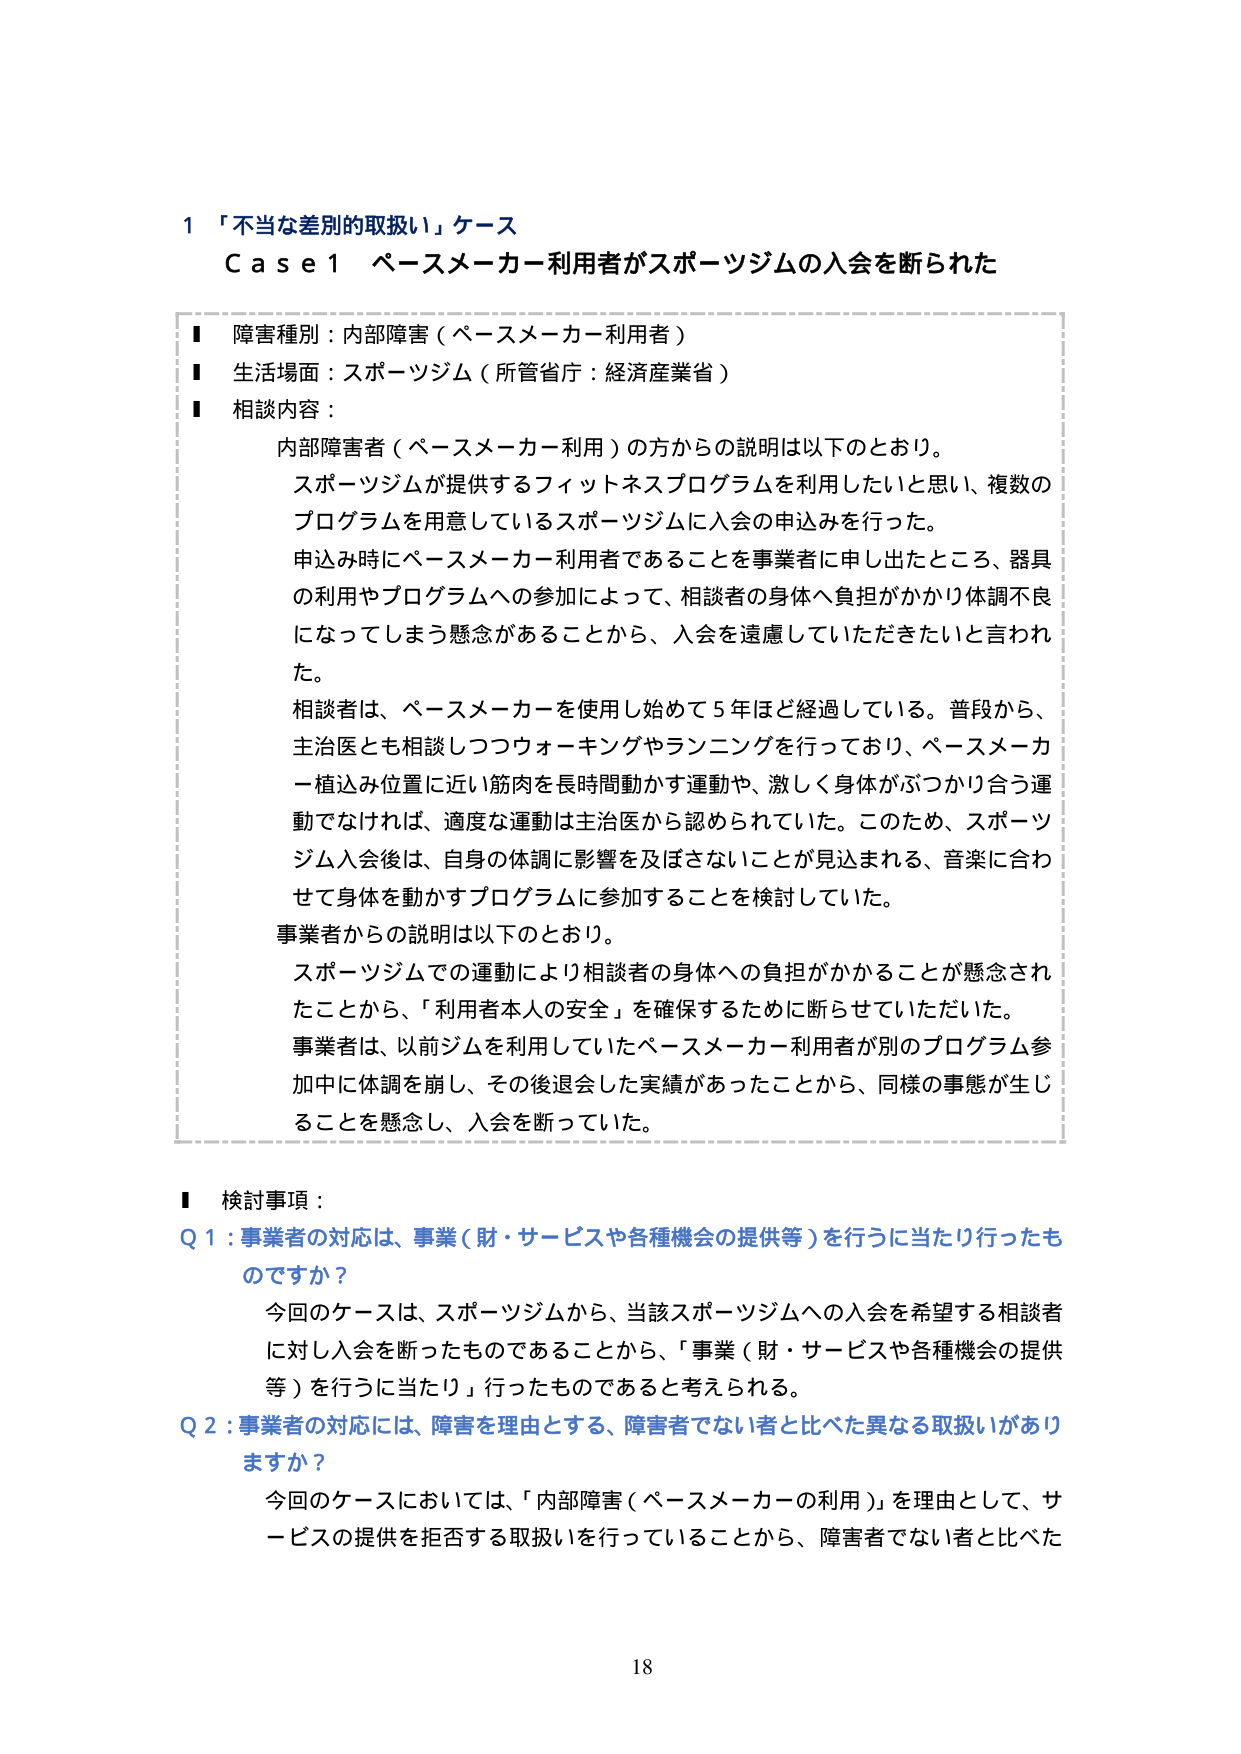
1 「不当な差別的取扱い」ケース
Case 1 ペースメーカー利用者がスポーツジムの入会を断られた

■ 障害種別：内部障害（ペースメーカー利用者）
■ 生活場面：スポーツジム（所管省庁：経済産業省）
■ 相談内容：
　内部障害者（ペースメーカー利用）の方からの説明は以下のとおり。
　スポーツジムが提供するフィットネスプログラムを利用したいと思い、複数の
　プログラムを用意しているスポーツジムに入会の申込みを行った。
　申込み時にペースメーカー利用者であることを事業者に申し出たところ、器具
　の利用やプログラムへの参加によって、相談者の身体へ負担がかかり体調不良
　になってしまう懸念があることから、入会を遠慮していただきたいと言われ
　た。
　相談者は、ペースメーカーを使用し始めて5年ほど経過している。普段から、
　主治医とも相談しつつウォーキングやランニングを行っており、ペースメーカ
　ー植込み位置に近い筋肉を長時間動かす運動や、激しく身体がぶつかり合う運
　動でなければ、適度な運動は主治医から認められていた。このため、スポーツ
　ジム入会後は、自身の体調に影響を及ぼさないことが見込まれる、音楽に合わ
　せて身体を動かすプログラムに参加することを検討していた。
　事業者からの説明は以下のとおり。
　スポーツジムでの運動により相談者の身体への負担がかかることが懸念され
　たことから、「利用者本人の安全」を確保するために断らせていただいた。
　事業者は、以前ジムを利用していたペースメーカー利用者が別のプログラム参
　加中に体調を崩し、その後退会した実績があったことから、同様の事態が生じ
　ることを懸念し、入会を断っていた。

■ 検討事項：
Q 1：事業者の対応は、事業（財・サービスや各種機会の提供等）を行うに当たり行ったものですか？
　今回のケースは、スポーツジムから、当該スポーツジムへの入会を希望する相談者
　に対し入会を断ったものであることから、「事業（財・サービスや各種機会の提供
　等）を行うに当たり」行ったものであると考えられる。
Q 2：事業者の対応には、障害を理由とする、障害者でない者と比べた異なる取扱いがありますか？
　今回のケースにおいては、「内部障害（ペースメーカーの利用）」を理由として、サ
　ービスの提供を拒否する取扱いを行っていることから、障害者でない者と比べた

18